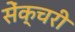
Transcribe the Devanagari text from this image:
सेंक्चरी